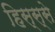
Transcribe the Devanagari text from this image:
हिस्‍स्‍से